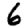
Digit: 6